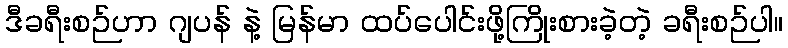
ဒီခရီးစဉ်ဟာ ဂျပန် နဲ့ မြန်မာ ထပ်ပေါင်းဖို့ကြိုးစားခဲ့တဲ့ ခရီးစဉ်ပါ။